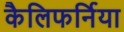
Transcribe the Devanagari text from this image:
कैलिफर्निया